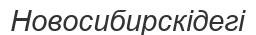
Новосибирскідегі